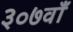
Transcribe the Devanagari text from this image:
३०७वाँ